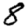
Digit: 8